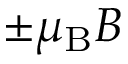
\pm \mu _ { \mathrm { { B } } } B